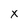
Character: X